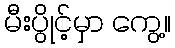
မီးပွိုင့်မှာ ကွေ့။